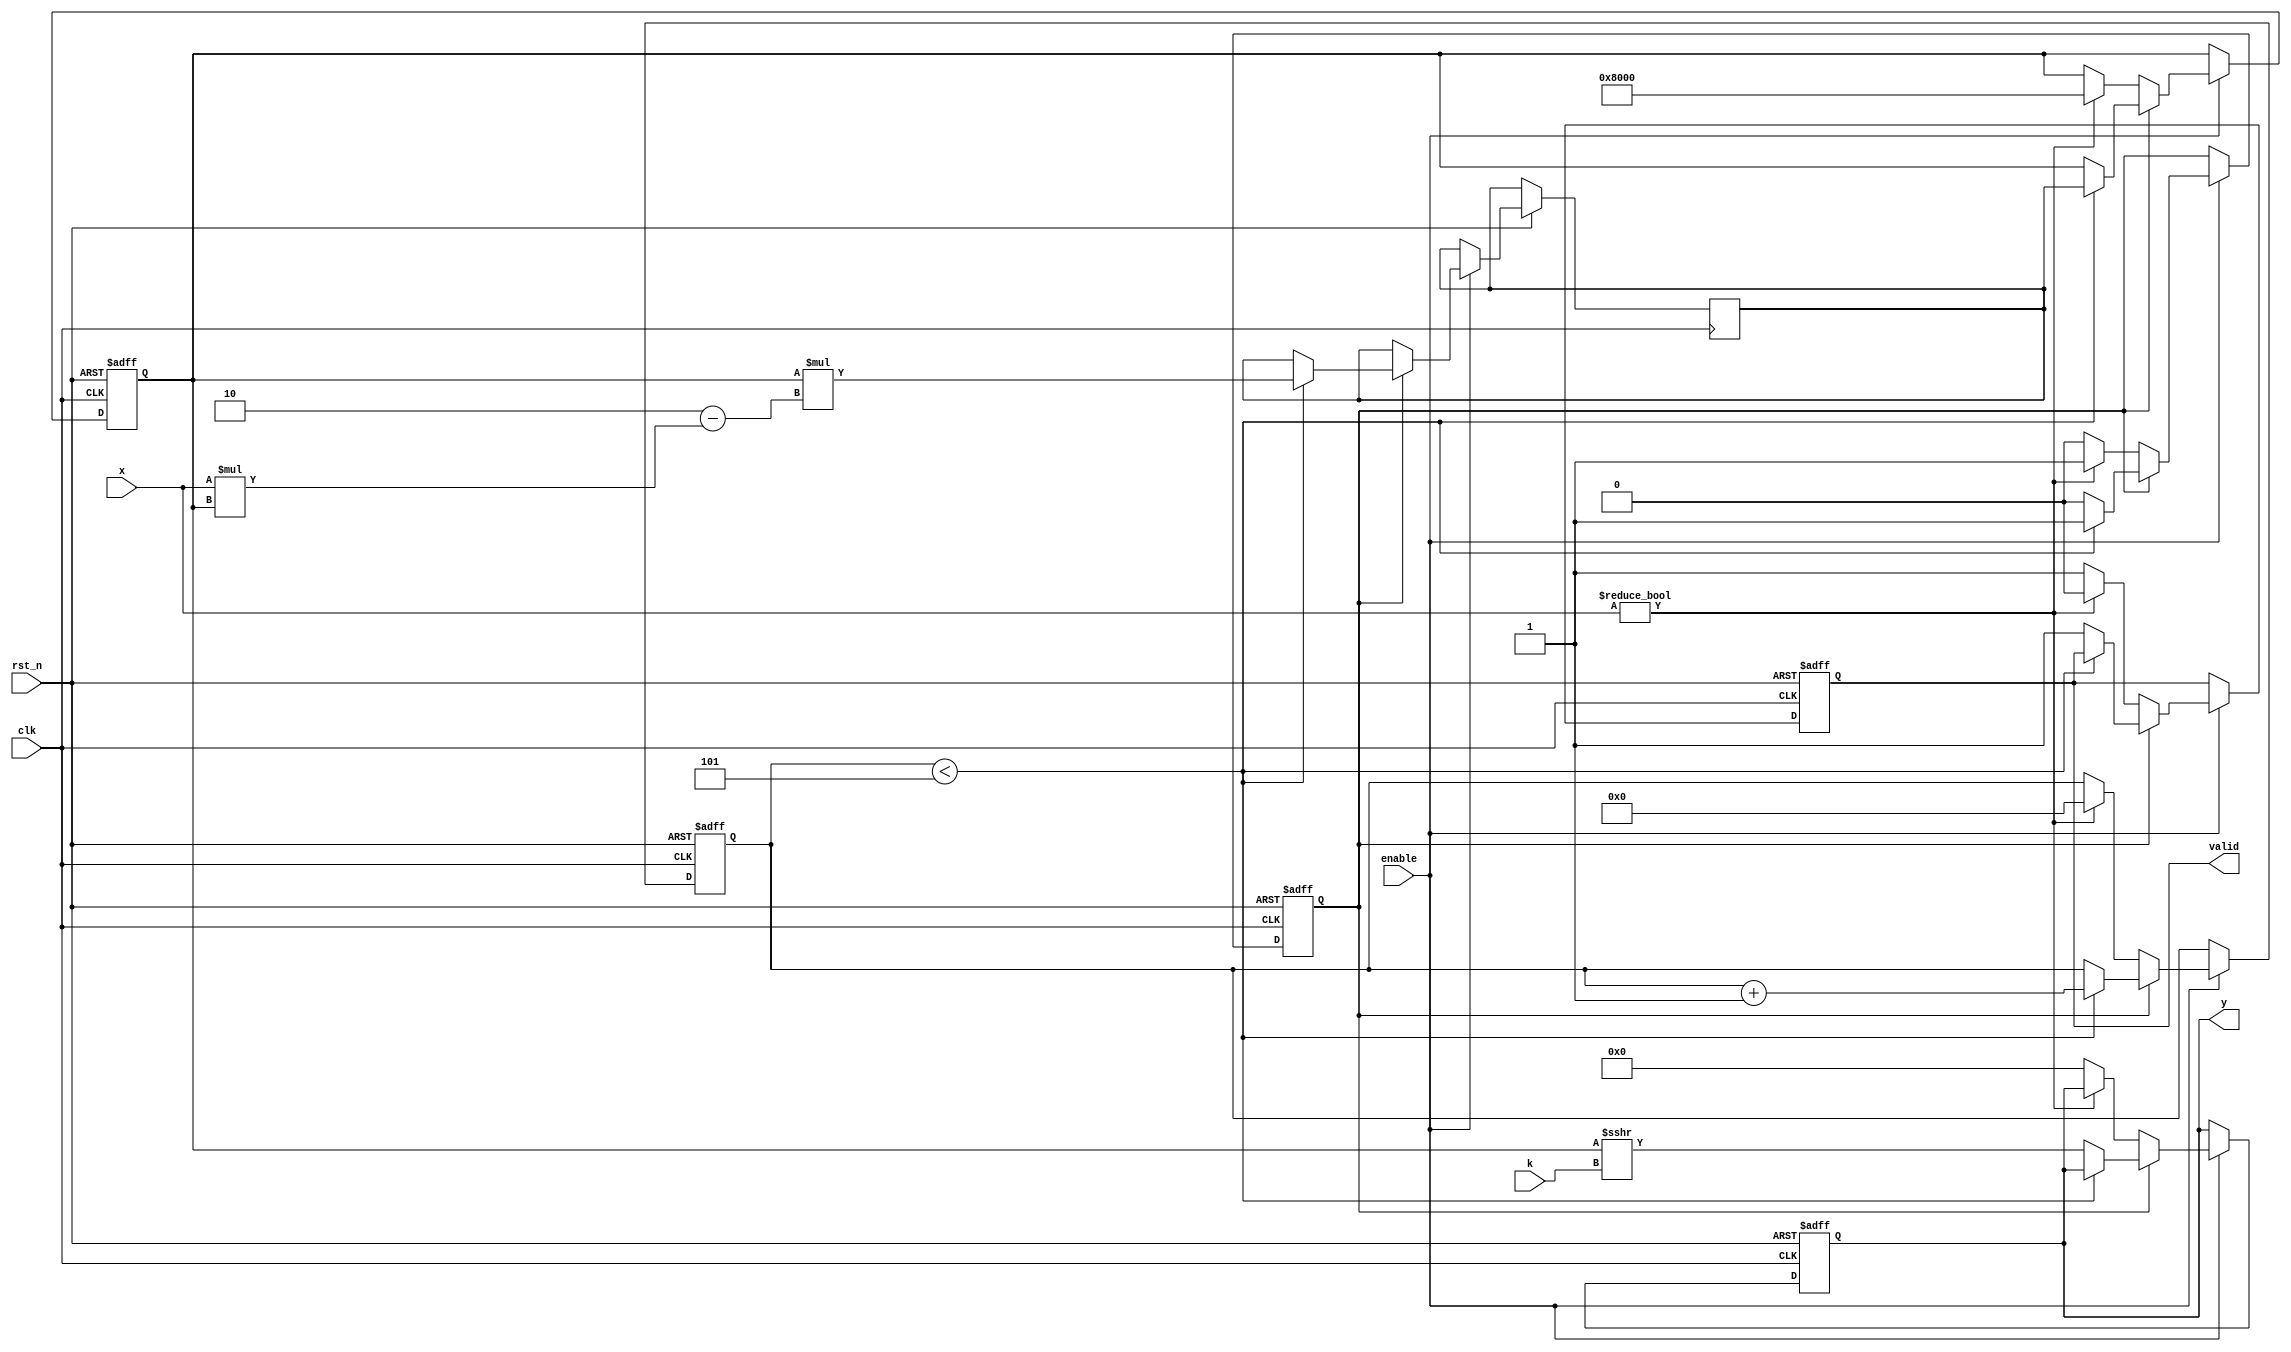
module fractional_order_reciprocal #(
    parameter WIDTH_X = 16,      // Bit width for input x
    parameter WIDTH_K = 8,       // Bit width for fractional order k
    parameter WIDTH_Y = 16,      // Bit width for output y
    parameter ITERATIONS = 5      // Number of iterations for Newton-Raphson
)(
    input wire clk,               // Clock signal
    input wire rst_n,             // Active low reset
    input wire enable,            // Enable signal
    input wire [WIDTH_X-1:0] x,   // Input value
    input wire signed [WIDTH_K-1:0] k, // Fractional order
    output reg [WIDTH_Y-1:0] y,   // Output value
    output reg valid              // Output valid signal
);

    // Internal signals
    reg signed [WIDTH_Y-1:0] x_inv;   // Inverted value
    reg [3:0] counter;               // Iteration counter
    reg [WIDTH_Y-1:0] approx;        // Approximation variable

    // State machine for processing
    reg processing;

    always @(posedge clk or negedge rst_n) begin
        if (!rst_n) begin
            y <= 0;
            valid <= 0;
            processing <= 0;
            counter <= 0;
            approx <= 0;
        end else if (enable) begin
            if (!processing) begin
                // Start processing
                if (x != 0) begin
                    approx <= (1 << (WIDTH_Y - 1)); // Initial guess (1.0 in fixed point)
                    counter <= 0;
                    processing <= 1;
                    valid <= 0;
                end else begin
                    // Handle zero input case
                    y <= 0; // Define behavior for zero input
                    valid <= 1;
                end
            end else if (processing) begin
                // Newton-Raphson iteration
                if (counter < ITERATIONS) begin
                    // Calculate the reciprocal approximation
                    x_inv <= approx * (2 - x * approx); // Newton's update
                    approx <= x_inv;
                    counter <= counter + 1;
                end else begin
                    // Finalize the output
                    y <= approx >>> k; // Adjust by the fractional order
                    valid <= 1;        // Set valid signal
                    processing <= 0;   // End processing
                end
            end
        end
    end

endmodule